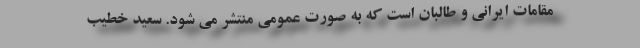
مقامات ایرانی و طالبان است که به صورت عمومی منتشر می شود. سعید خطیب